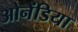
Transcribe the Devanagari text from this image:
ओनेंडिया